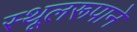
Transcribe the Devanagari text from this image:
स्थूलरूपाने